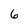
Character: 6